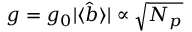
g = g _ { 0 } | \langle \hat { b } \rangle | \propto \sqrt { N _ { p } }